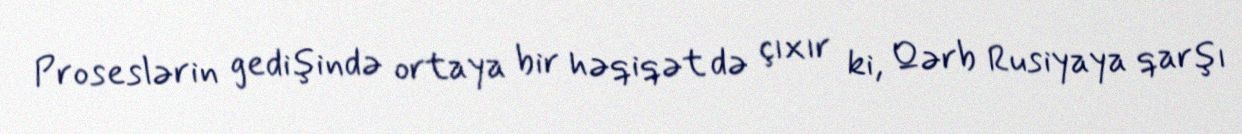
Proseslərin gedişində ortaya bir həqiqət də çıxır ki, Qərb Rusiyaya qarşı